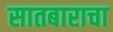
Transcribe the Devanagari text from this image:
सातबाराचा